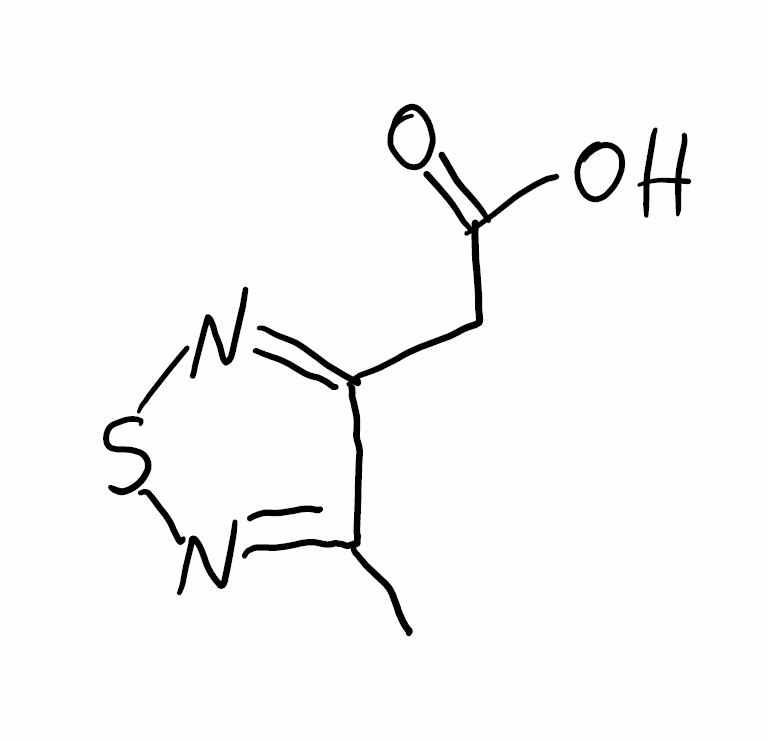
Simplified molecular-input line-entry system (SMILES) notation of the given molecule:
CC1=NSN=C1CC(=O)O